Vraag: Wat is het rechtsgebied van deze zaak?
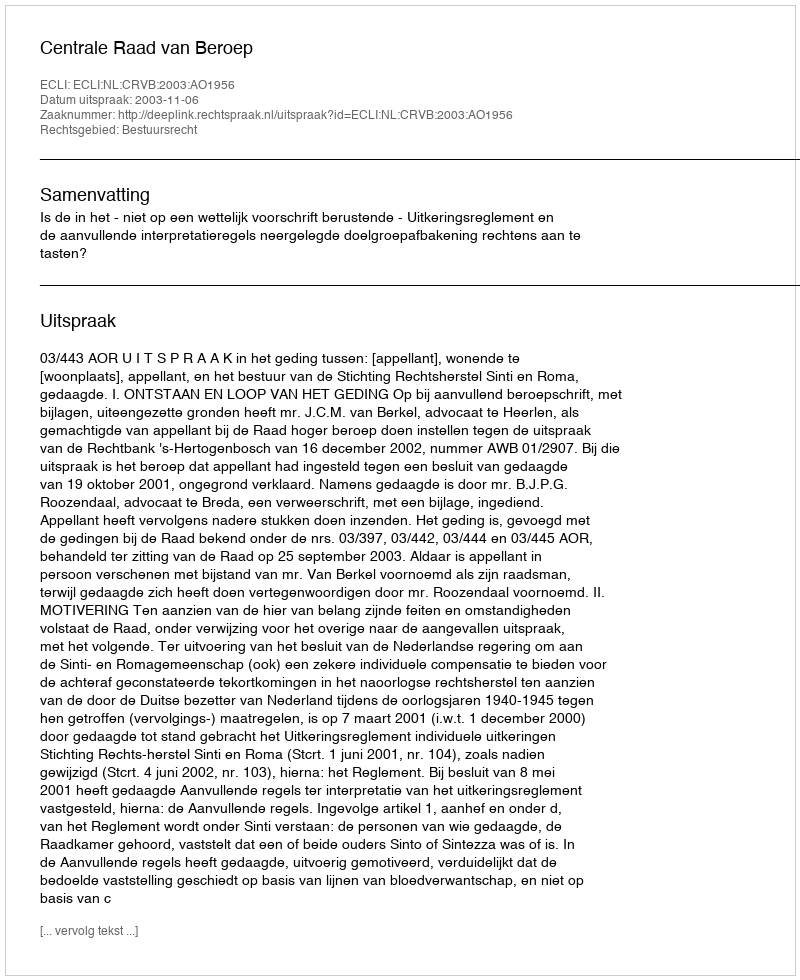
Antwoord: Bestuursrecht